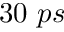
3 0 ~ p s